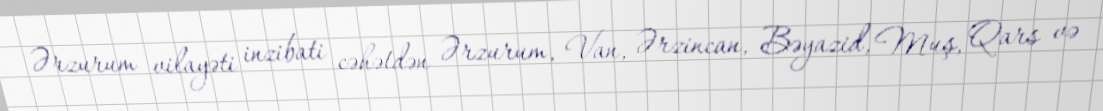
Ərzurum vilayəti inzibati cəhətdən Ərzurum, Van, Ərzincan, Bəyazid, Muş, Qars və